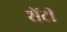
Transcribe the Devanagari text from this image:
शेंटी